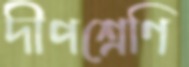
দীপশ্রেণি